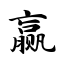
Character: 赢